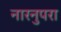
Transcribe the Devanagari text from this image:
नारनुपरा